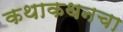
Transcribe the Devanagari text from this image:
कथाकथनचा